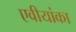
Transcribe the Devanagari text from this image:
एवीयांका